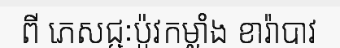
ពី ភេសជ្ជៈប៉ូវកម្លាំង ខារ៉ាបាវ